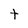
Character: t